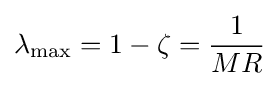
\lambda _{\text{max}}=1-\zeta ={\frac {1}{MR}}